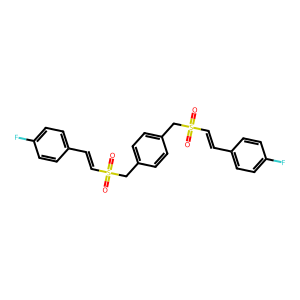
SMILES: O=S(=O)(C=Cc1ccc(F)cc1)Cc1ccc(CS(=O)(=O)C=Cc2ccc(F)cc2)cc1
Inhibits HIV replication: No